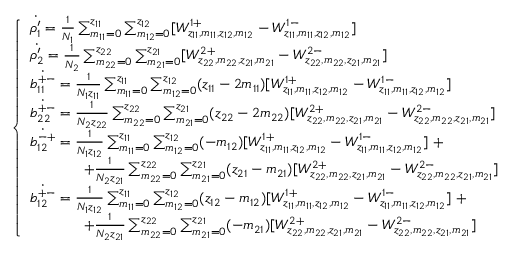
\left\{ \begin{array} { l l } { \dot { \rho _ { 1 } ^ { \prime } } = \frac { 1 } { N _ { 1 } } \sum _ { m _ { 1 1 } = 0 } ^ { z _ { 1 1 } } \sum _ { m _ { 1 2 } = 0 } ^ { z _ { 1 2 } } [ W _ { z _ { 1 1 } , m _ { 1 1 } , z _ { 1 2 } , m _ { 1 2 } } ^ { 1 + } - W _ { z _ { 1 1 } , m _ { 1 1 } , z _ { 1 2 } , m _ { 1 2 } } ^ { 1 - } ] } \\ { \dot { \rho _ { 2 } ^ { \prime } } = \frac { 1 } { N _ { 2 } } \sum _ { m _ { 2 2 } = 0 } ^ { z _ { 2 2 } } \sum _ { m _ { 2 1 } = 0 } ^ { z _ { 2 1 } } [ W _ { z _ { 2 2 } , m _ { 2 2 } , z _ { 2 1 } , m _ { 2 1 } } ^ { 2 + } - W _ { z _ { 2 2 } , m _ { 2 2 } , z _ { 2 1 } , m _ { 2 1 } } ^ { 2 - } ] } \\ { \dot { b _ { 1 1 } ^ { + - } } = \frac { 1 } { N _ { 1 } z _ { 1 1 } } \sum _ { m _ { 1 1 } = 0 } ^ { z _ { 1 1 } } \sum _ { m _ { 1 2 } = 0 } ^ { z _ { 1 2 } } ( z _ { 1 1 } - 2 m _ { 1 1 } ) [ W _ { z _ { 1 1 } , m _ { 1 1 } , z _ { 1 2 } , m _ { 1 2 } } ^ { 1 + } - W _ { z _ { 1 1 } , m _ { 1 1 } , z _ { 1 2 } , m _ { 1 2 } } ^ { 1 - } ] } \\ { \dot { b _ { 2 2 } ^ { + - } } = \frac { 1 } { N _ { 2 } z _ { 2 2 } } \sum _ { m _ { 2 2 } = 0 } ^ { z _ { 2 2 } } \sum _ { m _ { 2 1 } = 0 } ^ { z _ { 2 1 } } ( z _ { 2 2 } - 2 m _ { 2 2 } ) [ W _ { z _ { 2 2 } , m _ { 2 2 } , z _ { 2 1 } , m _ { 2 1 } } ^ { 2 + } - W _ { z _ { 2 2 } , m _ { 2 2 } , z _ { 2 1 } , m _ { 2 1 } } ^ { 2 - } ] } \\ { \dot { b _ { 1 2 } ^ { - + } } = \frac { 1 } { N _ { 1 } z _ { 1 2 } } \sum _ { m _ { 1 1 } = 0 } ^ { z _ { 1 1 } } \sum _ { m _ { 1 2 } = 0 } ^ { z _ { 1 2 } } ( - m _ { 1 2 } ) [ W _ { z _ { 1 1 } , m _ { 1 1 } , z _ { 1 2 } , m _ { 1 2 } } ^ { 1 + } - W _ { z _ { 1 1 } , m _ { 1 1 } , z _ { 1 2 } , m _ { 1 2 } } ^ { 1 - } ] \; + } \\ { \; \; \; \; \; \; \; \; \; \; \; \; \; + \frac { 1 } { N _ { 2 } z _ { 2 1 } } \sum _ { m _ { 2 2 } = 0 } ^ { z _ { 2 2 } } \sum _ { m _ { 2 1 } = 0 } ^ { z _ { 2 1 } } ( z _ { 2 1 } - m _ { 2 1 } ) [ W _ { z _ { 2 2 } , m _ { 2 2 } , z _ { 2 1 } , m _ { 2 1 } } ^ { 2 + } - W _ { z _ { 2 2 } , m _ { 2 2 } , z _ { 2 1 } , m _ { 2 1 } } ^ { 2 - } ] } \\ { \dot { b _ { 1 2 } ^ { + - } } = \frac { 1 } { N _ { 1 } z _ { 1 2 } } \sum _ { m _ { 1 1 } = 0 } ^ { z _ { 1 1 } } \sum _ { m _ { 1 2 } = 0 } ^ { z _ { 1 2 } } ( z _ { 1 2 } - m _ { 1 2 } ) [ W _ { z _ { 1 1 } , m _ { 1 1 } , z _ { 1 2 } , m _ { 1 2 } } ^ { 1 + } - W _ { z _ { 1 1 } , m _ { 1 1 } , z _ { 1 2 } , m _ { 1 2 } } ^ { 1 - } ] \; + } \\ { \; \; \; \; \; \; \; \; \; \; \; \; \; + \frac { 1 } { N _ { 2 } z _ { 2 1 } } \sum _ { m _ { 2 2 } = 0 } ^ { z _ { 2 2 } } \sum _ { m _ { 2 1 } = 0 } ^ { z _ { 2 1 } } ( - m _ { 2 1 } ) [ W _ { z _ { 2 2 } , m _ { 2 2 } , z _ { 2 1 } , m _ { 2 1 } } ^ { 2 + } - W _ { z _ { 2 2 } , m _ { 2 2 } , z _ { 2 1 } , m _ { 2 1 } } ^ { 2 - } ] } \end{array} \right.